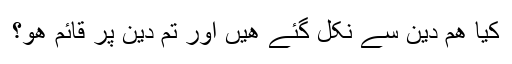
کیا ھم دین سے نکل گئے ھیں اور تم دین پر قائم ھو؟